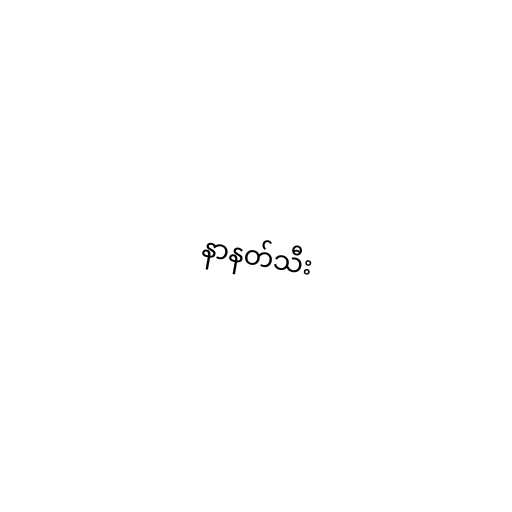
နာနတ်သီး